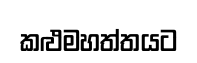
කළුමහත්තයට